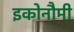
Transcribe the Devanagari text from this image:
इकोनौमी